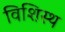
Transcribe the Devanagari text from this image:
विशिस्थ